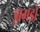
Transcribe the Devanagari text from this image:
झगडो